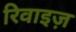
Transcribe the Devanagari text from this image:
रिवाइज़